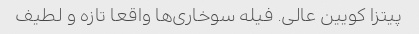
پیتزا کویین عالی. فیله سوخاری‌ها واقعا تازه و لطیف